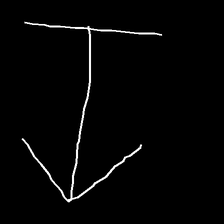
Glyph: levitation